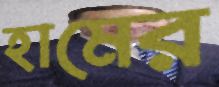
হামের